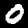
Digit: 0